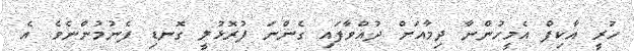
ހުރީ އާކިފް އެމީހުންނާ ދިމާއަށް ދުއްވާފައި ގެންނަ ފުރޮޅުލީ ގޮނޑި ފެނުމުންނެވެ. އެ